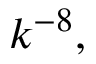
k ^ { - 8 } ,